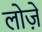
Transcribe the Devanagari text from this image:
लोज़े